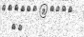
١٣